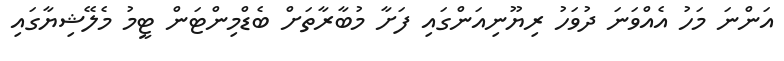
އަންނަ މަހު އެއްވަނަ ދުވަހު ރިޔޫނިއަންގައި ފަށާ މުބާރާތަށް ބެޑްމިންޓަން ޓީމު މެލޭޝިޔާގައި